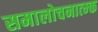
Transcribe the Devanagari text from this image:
समालोचनात्म्क